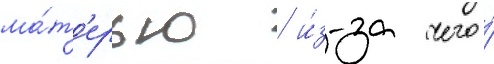
ма́т'ерью / и́з-за чего́